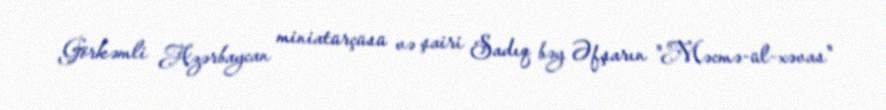
Görkəmli Azərbaycan miniatürçüsü və şairi Sadıq bəy Əfşarın "Məcmə-ül-xəvas"